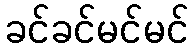
ခင်ခင်မင်မင်